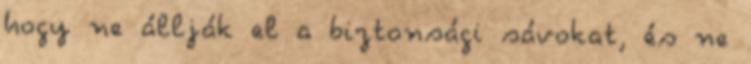
hogy ne állják el a biztonsági sávokat, és ne